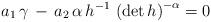
LaTeX: \begin{align*}a_1 \, \gamma \, - \, a_2 \, \alpha \, h^{-1} \, \left( \mbox{det} \, h \right) ^{-\alpha} = 0\end{align*}